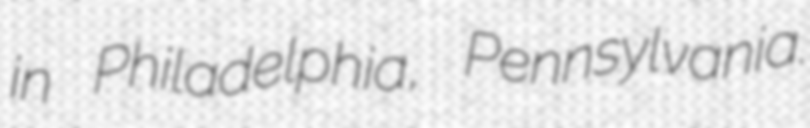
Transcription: in Philadelphia, Pennsylvania.